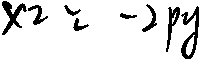
x _ { 2 } = - 2 p y